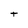
Character: t